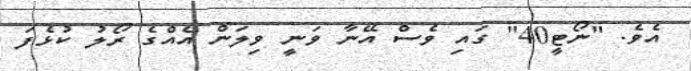
އެވެ. "ނޯޓީ40" ގައި ވެސް އޭނާ ވަނީ ވިލަން އެއްގެ ރޯލު ކުޅެފަ